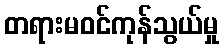
တရားမဝင်ကုန်သွယ်မှု